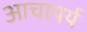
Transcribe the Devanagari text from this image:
आचायर्य